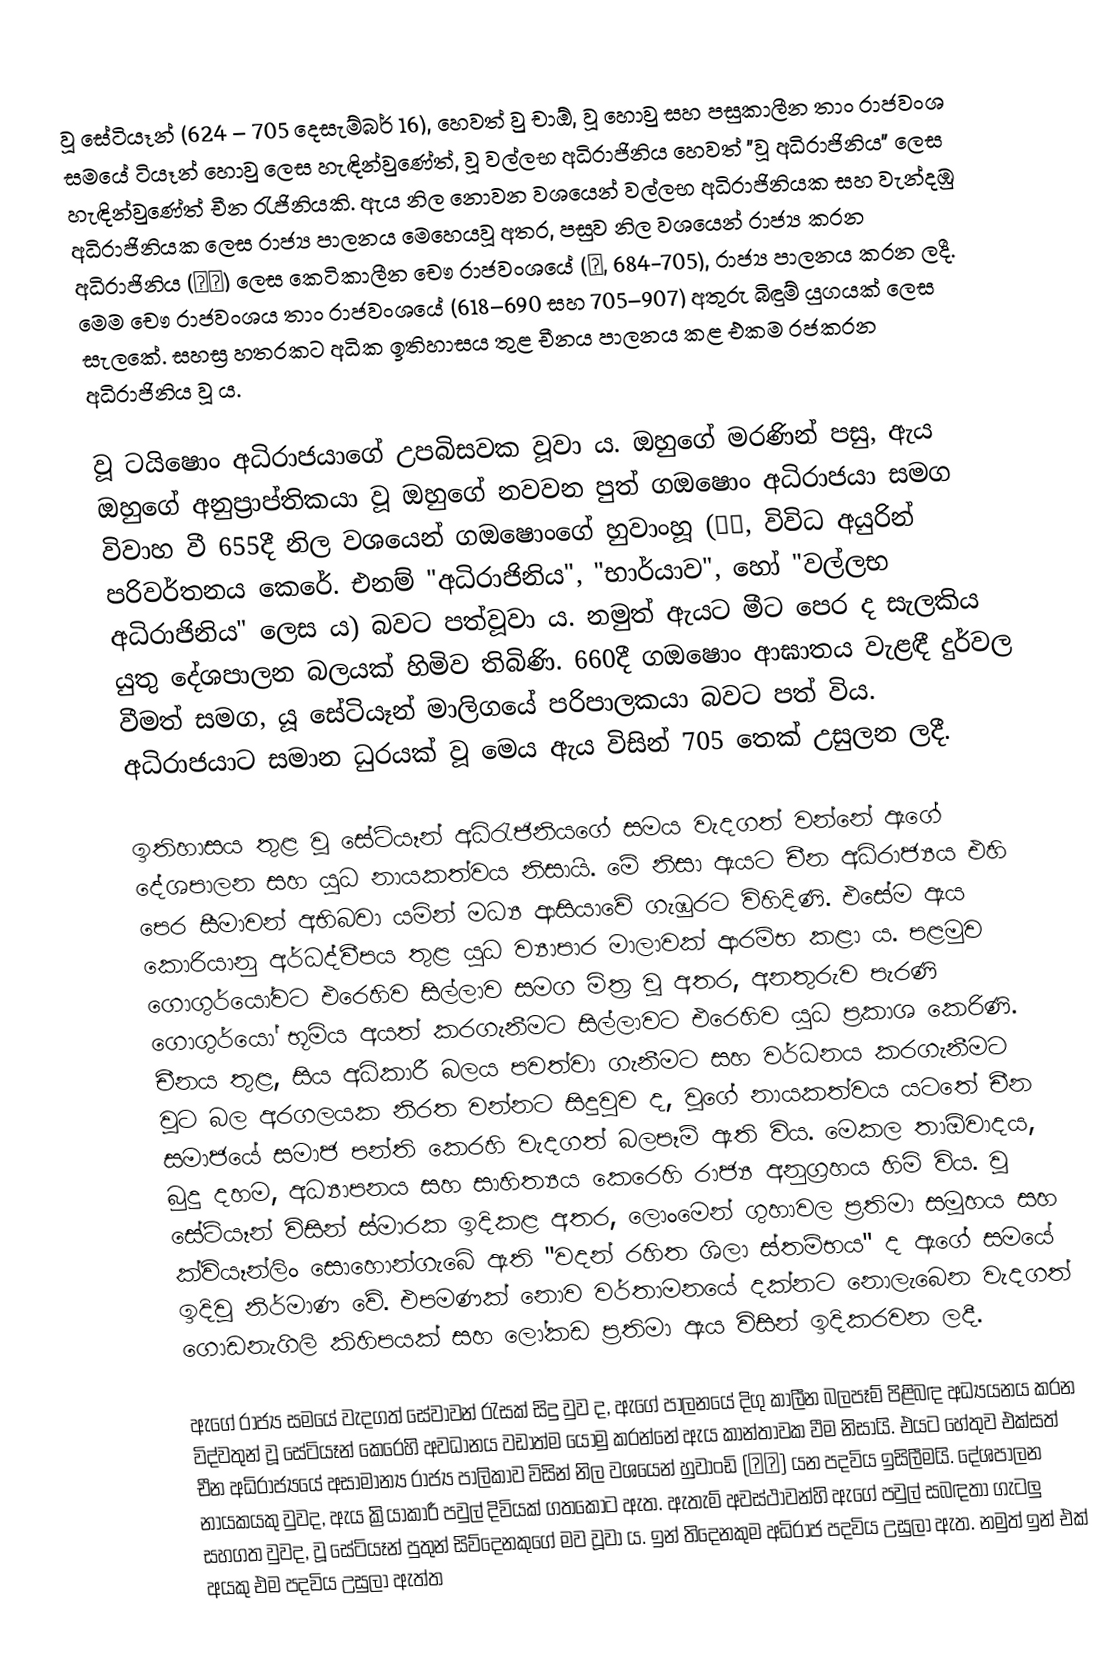
වූ සේටියෑන් (624 – 705 දෙසැම්බර් 16), හෙවත් වු චාඕ, වූ හොවු සහ පසුකාලීන තාං රාජවංශ‍ සමයේ ටියෑන් හොවු ලෙස හැඳින්වුණේත්, වූ වල්ලභ අධිරාජිනිය හෙවත් "වූ අධිරාජිනිය" ලෙස හැඳින්වුණේත් චීන රැජිනියකි. ඇය නිල නොවන වශයෙන් වල්ලභ අධිරාජිනියක සහ වැන්දඹු අධිරාජිනියක ලෙස රාජ්‍ය පාලනය මෙහෙයවූ අතර, පසුව නිල වශයෙන් රාජ්‍ය කරන අධිරාජිනිය (皇帝) ලෙස කෙටිකාලීන චෞ රාජවංශයේ (周, 684-705), රාජ්‍ය පාලනය කරන ලදී. මෙම චෞ රාජවංශය තාං රාජවංශයේ (618–690 සහ 705–907) අතුරු බිඳුම් යුගයක් ලෙස සැලකේ. සහස්‍ර හතරකට අධික ඉතිහාසය තුළ චීනය පාලනය කළ එකම රජකරන අධිරාජිනිය වූ ය.

වූ ටයිෂොං අධිරාජයාගේ උපබිසවක වූවා ය. ඔහුගේ මරණින් පසු, ඇය ඔහුගේ අනුප්‍රාප්තිකයා වූ ඔහුගේ නවවන පුත් ගඔෂොං අධිරාජයා සමග විවාහ වී 655දී නිල වශයෙන් ගඔෂොංගේ හුවාංහූ (皇后, විවිධ අයුරින් පරිවර්තනය කෙරේ. එනම් "අධිරාජිනිය", "භාර්යාව", හෝ "වල්ලභ අධිරාජිනිය" ලෙස ය) බවට පත්වූවා ය. නමුත් ඇයට මීට පෙර ද සැලකිය යුතු දේශපාලන බලයක් හිමිව තිබිණි. 660දී ගඔෂොං ආඝාතය වැළඳී දුර්වල වීමත් සමග, යූ සේටියෑන් මාලිගයේ පරිපාලකයා බවට පත් විය. අධිරාජයාට සමාන ධුරයක් වූ මෙය ඇය විසින් 705 තෙක් උසුලන ලදී.

ඉතිහාසය තුළ වූ සේටියෑන් අධිරැජිනියගේ සමය වැදගත් වන්නේ ඇගේ දේශපාලන සහ යුධ නායකත්වය නිසායි. මේ නිසා ඇයට චීන අධිරාජ්‍යය එහි පෙර සීමාවන් අභිබවා යමින් මධ්‍ය ආසියාවේ ගැඹුරට විහිදිණි. එසේම ඇය කොරියානු අර්ධද්වීපය තුළ යුධ ව්‍යාපාර මාලාවක් ආරම්භ කළා ය. පළමුව ගොගුර්යෝවට එරෙහිව සිල්ලාව සමග මිත්‍ර වූ අතර, අනතුරුව පැරණි ගොගුර්යෝ භූමිය අයත් කරගැනීමට සිල්ලාවට එරෙහිව යුධ ප්‍රකාශ කෙරිණි. චීනය තුළ, සිය අධිකාරී බලය පවත්වා ගැනීමට සහ වර්ධනය කරගැනීමට වූට බල අරගලයක නිරත වන්නට සිදුවුව ද, වූගේ නායකත්වය යටතේ චීන සමාජයේ සමාජ පන්ති කෙරහි වැදගත් බලපෑම් ඇති විය. මෙකල තාඕවාදය, බුදු දහම, අධ්‍යාපනය සහ සාහිත්‍යය කෙරෙහි රාජ්‍ය අනුග්‍රහය හිමි විය. වූ සේටියෑන් විසින් ස්මාරක ඉදිකළ අතර, ලොංමෙන් ගුහාවල ප්‍රතිමා සමූහය සහ ක්වියෑන්ලිං සොහොන්ගැබේ ඇති "වදන් රහිත ශිලා ස්තම්භය" ද ඇගේ සමයේ ඉදිවූ නිර්මාණ වේ. එපමණක් නොව වර්තාමනයේ දක්නට නොලැබෙන වැදගත් ගොඩනැගිලි කිහිපයක් සහ ‍ලෝකඩ ප්‍රතිමා ඇය විසින් ඉදිකරවන ලදී.

ඇගේ රාජ්‍ය සමයේ වැදගත් සේවාවන් රැසක් සිදු වුව ද, ඇගේ පාලනයේ දිගු කාලීන බලපෑම් පිළිබඳ අධ්‍යයනය කරන විද්වතුන් වූ සේටියෑන් කෙරෙහි අවධානය වඩාත්ම යොමු කරන්නේ ඇය කාන්තාවක වීම නිසායි. එයට හේතුව එක්සත් චීන අධිරාජ්‍යයේ අසාමාන්‍ය රාජ්‍ය පාලිකාව විසින් නිල වශයෙන් හුවාංඩි (皇帝) යන පදවිය ඉසිලීමයි. දේශපාලන නායකයකු වුවද, ඇය ක්‍රියාකාරී පවුල් දිවියක් ගතකොට ඇත. ඇතැම් අවස්ථාවන්හි ඇගේ පවුල් සබඳතා ගැටලු සහගත වුවද, වූ සේටියෑන් පුතුන් සිව්දෙනකුගේ මව වූවා ය. ඉන් තිදෙනකුම අධිරාජ පදවිය උසුලා ඇත. නමුත් ඉන් එක් අයකු එම පදවිය උසුලා ඇත්ත